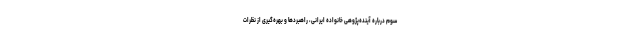
سوم درباره آینده‌پژوهی خانواده ایرانی، راهبرد‌ها و بهره‌گیری از نظرات